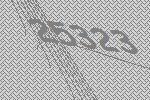
25323